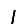
Digit: 1